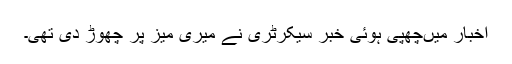
اخبار میں‌چھپی ہوئی خبر سیکرٹری نے میری میز پر چھوڑ دی تھی۔